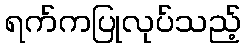
ရက်ကပြုလုပ်သည့်